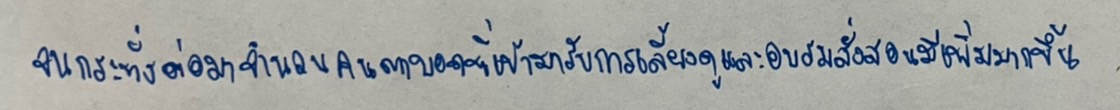
จนกระทั่งต่อมาจำนวนคนตาบอดที่เข้ามารับการเลี้ยงดูและอบรมสั่งสอนมีเพิ่มมากขึ้น